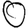
Digit: 0